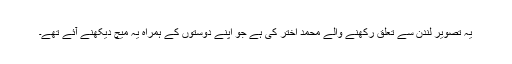
یہ تصویر لندن سے تعلق رکھنے والے محمد اختر کی ہے جو اپنے دوستوں کے ہمراہ یہ میچ دیکھنے آئے تھے۔